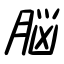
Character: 脳